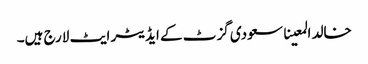
خالد المعینا سعودی گزٹ کے ایڈیٹر ایٹ لارج ہیں۔